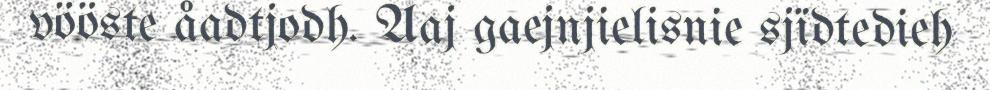
vööste åadtjodh. Aaj gaejnjielisnie sjïdtedieh